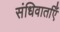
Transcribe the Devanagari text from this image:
संधिवार्ताएँ